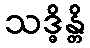
သဒ္ဓိန္တိ